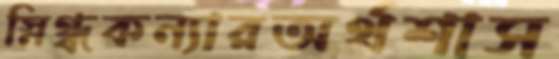
স্নিগ্ধকন্যারঅর্থশাস